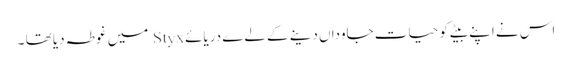
اس نے اپنے بیٹے کو حیات جاوداں دینے کے لےے دریائے Styx میں غوطہ دیا تھا ۔